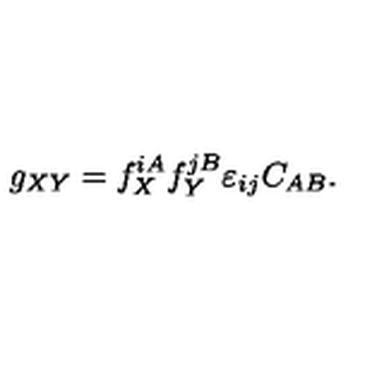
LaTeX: g _ { X Y } = f _ { X } ^ { i A } f _ { Y } ^ { j B } \varepsilon _ { i j } C _ { A B } .